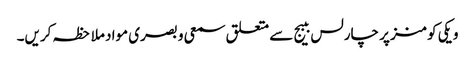
ویکی کومنز پر چارلس ببیج سے متعلق سمعی و بصری مواد ملاحظہ کریں۔